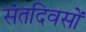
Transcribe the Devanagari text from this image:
संतदिवसों